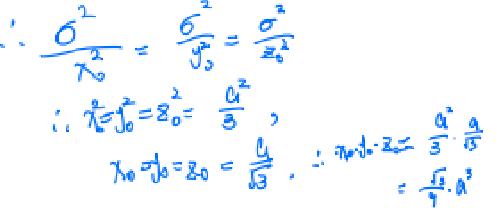
\begin{align*}
\therefore\frac{\sigma^{2}}{\lambda_{0}^{2}}&=\frac{\sigma^{2}}{y_{0}^{2}}=\frac{\sigma^{2}}{z_{0}^{2}}\\
\therefore\lambda_{0}^{2}&=y_{0}^{2}=z_{0}^{2}=\frac{a^{2}}{3}\\
\lambda_{0}&=y_{0}=z_{0}=\frac{a}{\sqrt{3}},\therefore\lambda_{0}\cdot y_{0}\cdot z_{0}=\frac{a^{2}}{3}\cdot\frac{a}{\sqrt{3}}=\frac{\sqrt{3}}{9}a^{3}
\end{align*}